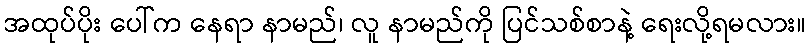
အထုပ်ပိုး ပေါ်က နေရာ နာမည်၊ လူ နာမည်ကို ပြင်သစ်စာနဲ့ ရေးလို့ရမလား။